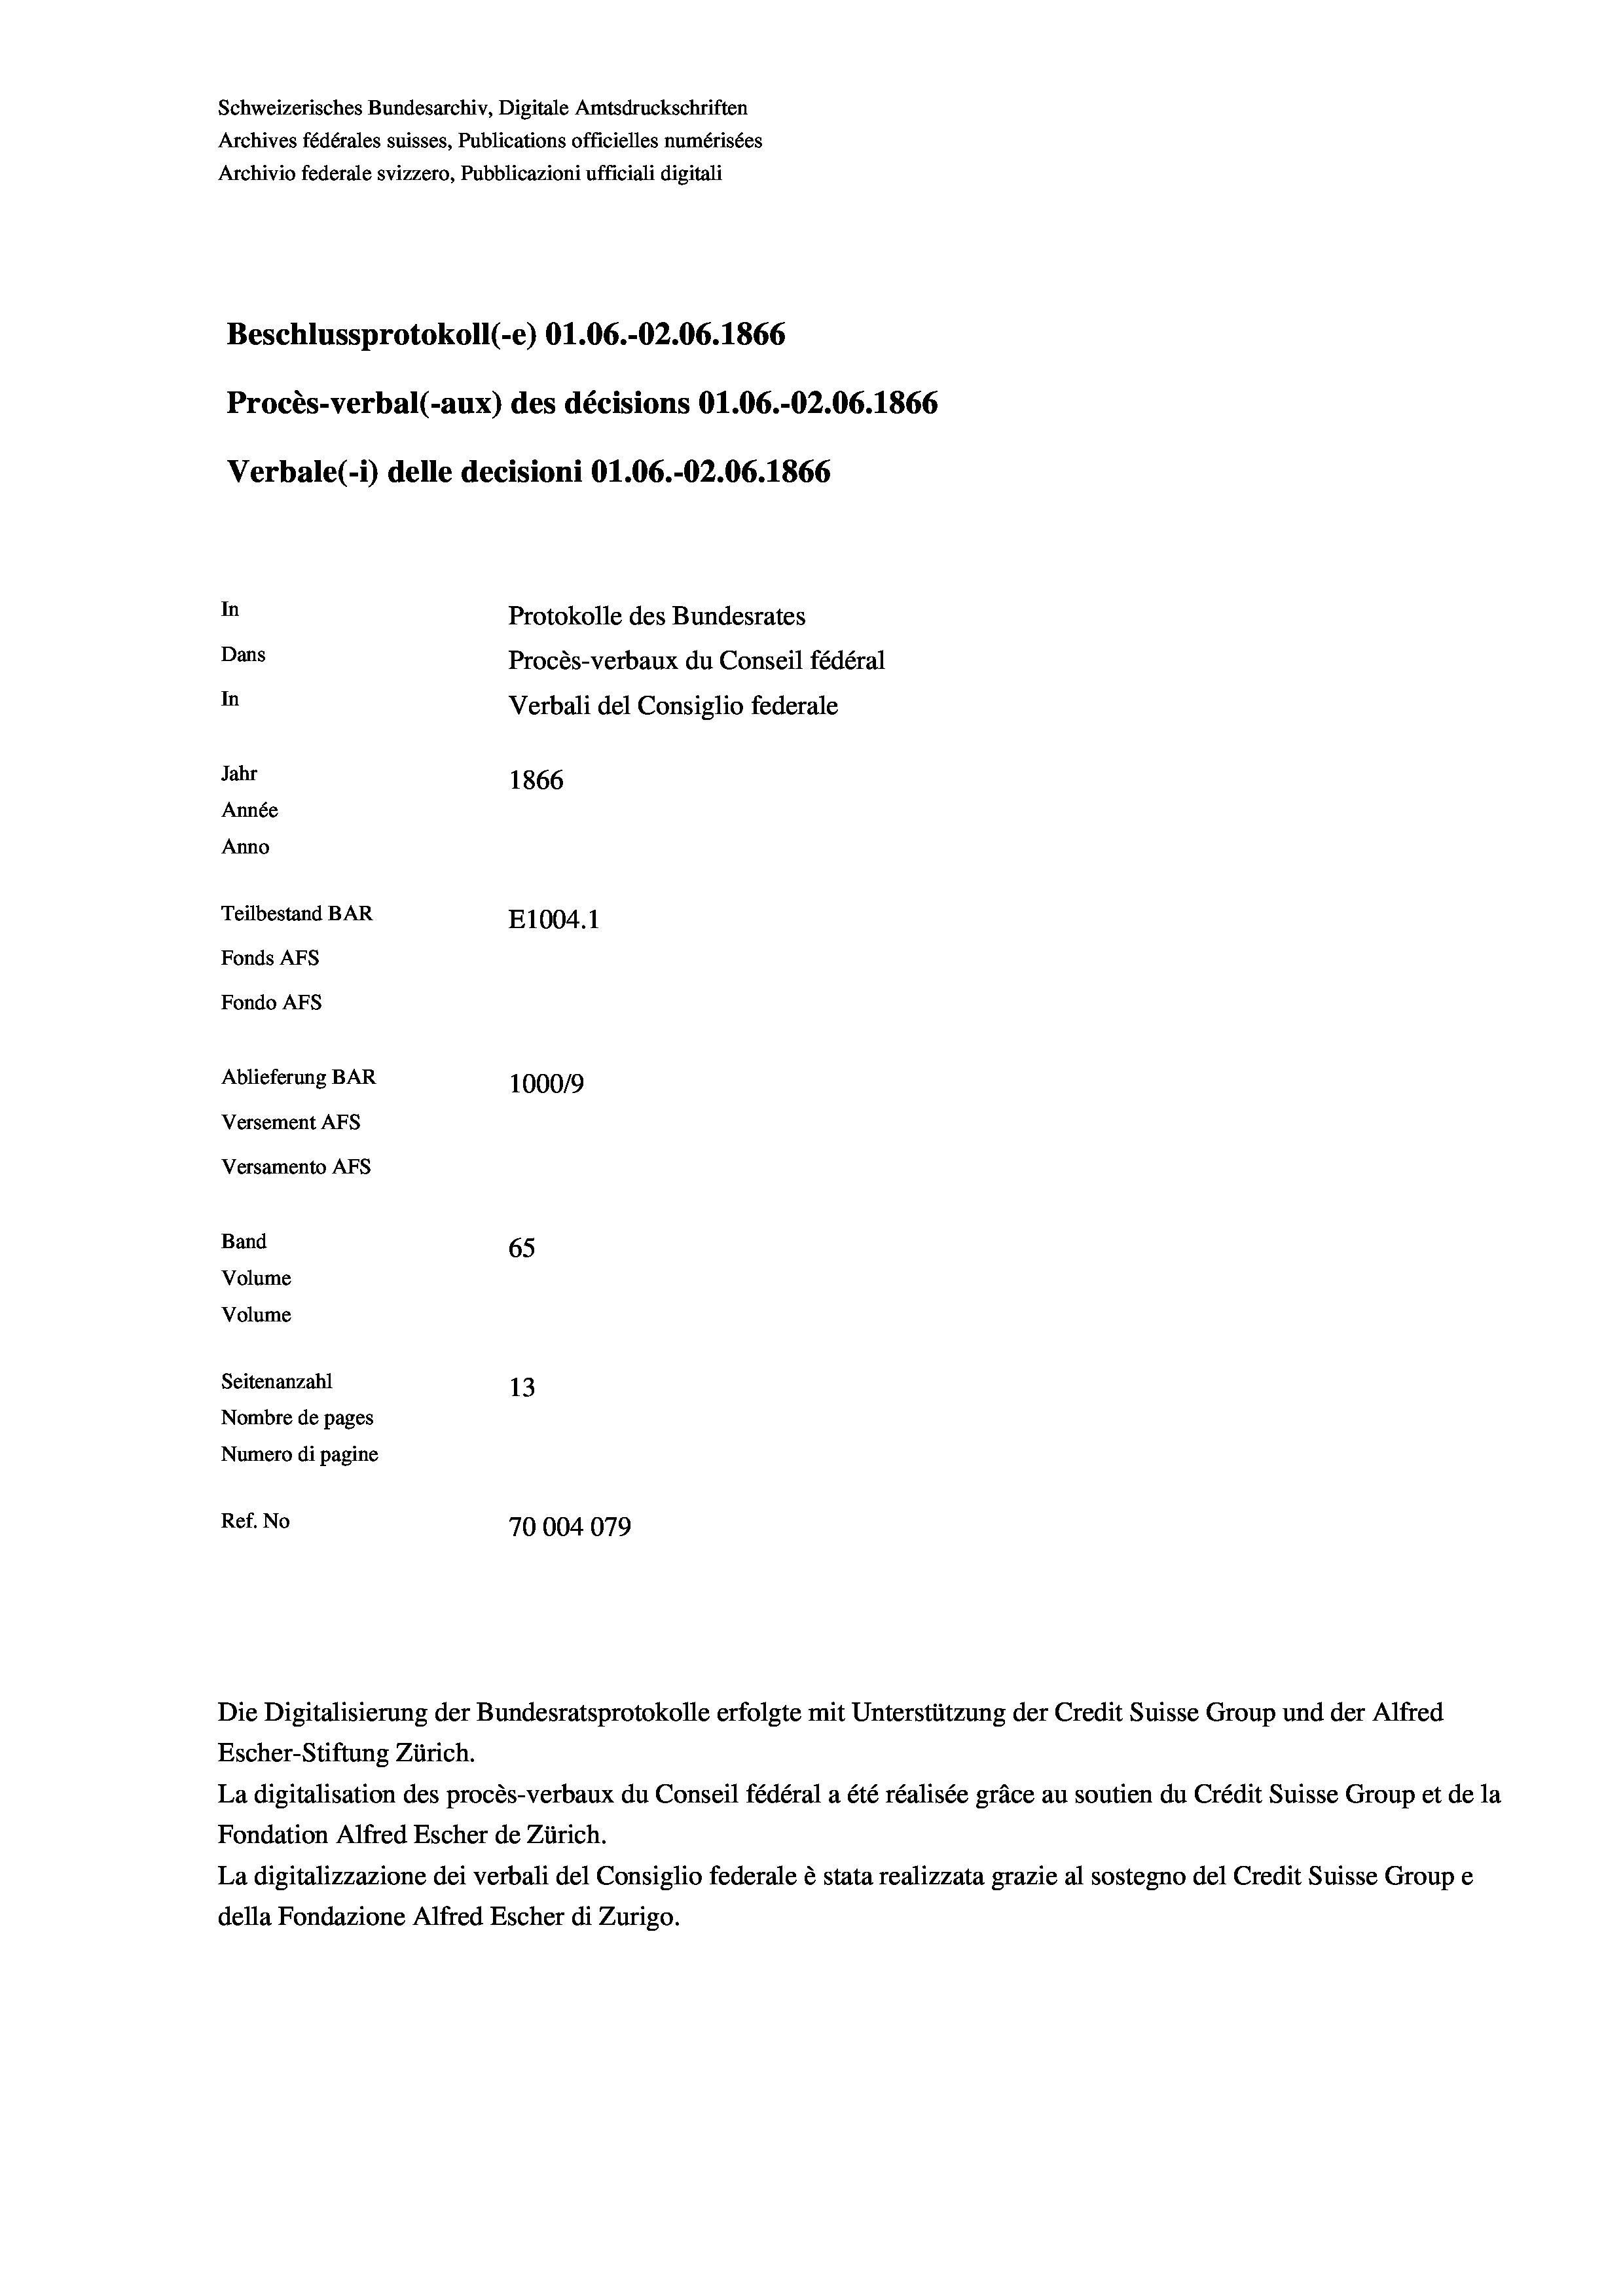
Schweizerisches Bundesarchiv, Digitale Amtsdruckschriften
Archives fédérales suisses, Publications officielles numérisées
Archivio federale svizzero, Pubblicazioni ufficiali digitali
Beschlussprotokoll (-e) O1.06.-02.06. 1866
Procès-verbal (-aux) des décisions O1.06.-O2.06. 1866
Verbale (i) delle decisioni O1.06.-O2.06. 1866
In
Protokolle des Bundesrates
Dans
Procès-verbaux du Conseil fédéral
In
Verbali del Consiglio federale
Jahr
1866
Année
Anno
Teilbestand BAR
E1004. 1
Fonds AFs
Fondo Afs
Ablieferung BAR
100019
Versement AFs
Versamento Afs
Band
65
Volume
Volume

Seitenanzahl
13
Nombre de pages
Numero di pagine
Ref. No
70004079

Escher-Stiftung Zürich.
La digitalisation des procès-verbaux du Conseil fédéral a été réalisée gräce au soutien du Crédit Suisse Group et de la
Fondation Alfred Escher de Zürich.
La digitalizzazione dei verbali del Consiglio federale è stata realizzata grazie al sostegno del Credit Suisse Groupe
della Fondazione Alfred Escher di Zurigo.

Die Digitalisierung der Bundesratsprotokolle erfolgte mit Unterstützung der Credit Suisse Group und der Alfred